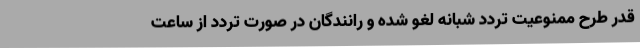
قدر طرح ممنوعیت تردد شبانه لغو شده و رانندگان در صورت تردد از ساعت